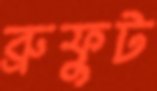
ব্রুফুট